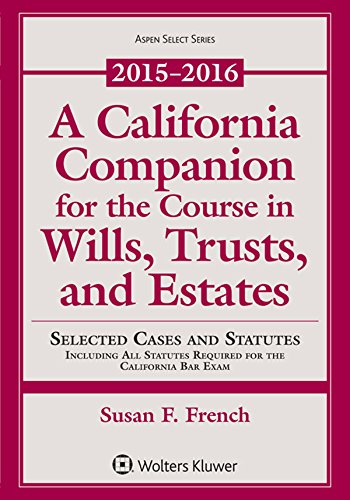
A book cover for A California Companion for the Course in Wills, Trusts, and Estates, 2015 - 2016; Susan F. French; Law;